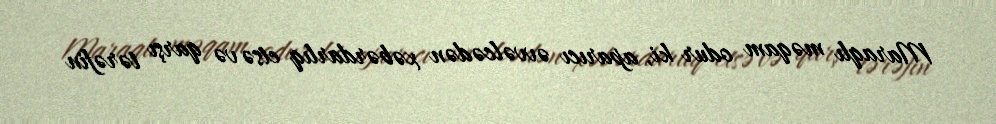
Maraqlı məqam odur ki, aparıcı əvvəlcədən xəbərdarlıq etsə və qarşı tərəfin